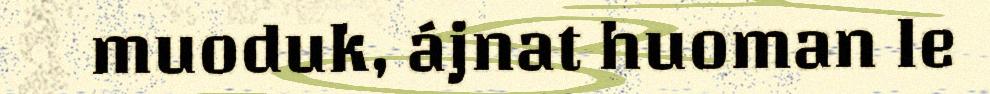
muoduk, ájnat huoman le